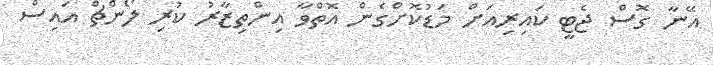
އޭނާ ގޮސް ޖެޓީ ކައިރިއަށް މަޑުކޮށްގެން އޮތްވާ އިންތިޒާރު ކުރި ލޯންޗް އައިސް